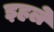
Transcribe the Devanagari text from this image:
इहले